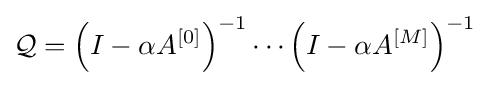
{\mathcal {Q}}=\left(I-\alpha A^{[0]}\right)^{-1}\cdots \left(I-\alpha A^{[M]}\right)^{-1}